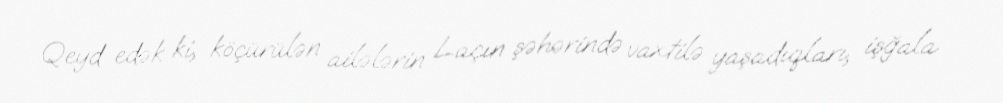
Qeyd edək ki, köçürülən ailələrin Laçın şəhərində vaxtilə yaşadıqları, işğala